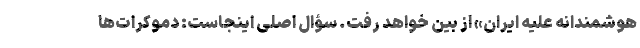
هوشمندانه علیه ایران» از بین خواهد رفت. سؤال اصلی اینجاست: دموکرات‌ها